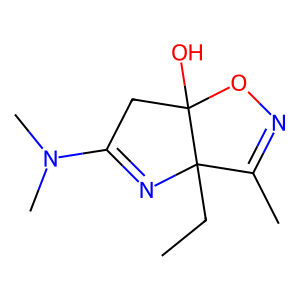
SMILES: CCC12N=C(N(C)C)CC1(O)ON=C2C
Inhibits HIV replication: No